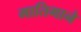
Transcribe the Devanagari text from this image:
मातिगाने